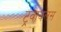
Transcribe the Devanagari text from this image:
ट्रवायलस